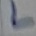
Text: L